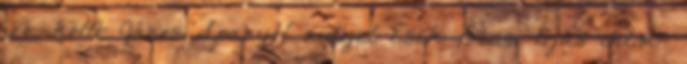
író, költő János Spanyol autójel Esek Bécsi tojás Film-